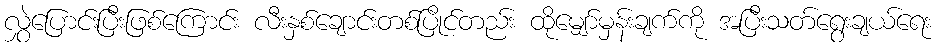
လွှဲပြောင်းပြီးဖြစ်ကြောင်း လီးနှစ်ချောင်းတစ်ပြိုင်တည်း ထိုမျှော်မှန်းချက်ကို အပြီးသတ်ရွေးချယ်ရေး